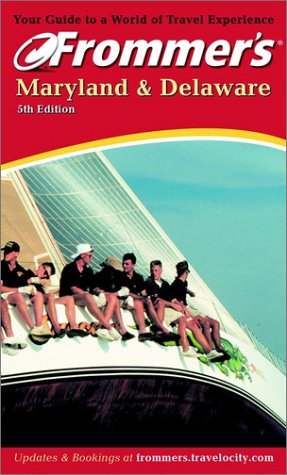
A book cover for Frommer's Maryland & Delaware (Frommer's Complete Guides); Mary K. Tilghman; Travel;